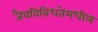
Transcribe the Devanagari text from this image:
जैवविविधतेमधील